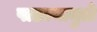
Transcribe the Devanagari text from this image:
पाडल्यामुळे